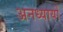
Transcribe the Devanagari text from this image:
अनध्यायों